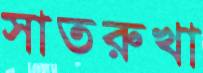
সাতরুখা